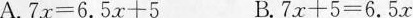
A.$$7 x=6.5 x+5$$ B.$$7 x+5=6.5 x$$